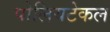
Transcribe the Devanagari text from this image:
पोलियटेकल